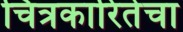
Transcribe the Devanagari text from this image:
चित्रकारितेचा